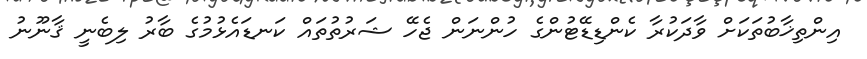
އިންތިޚާބުތަކަށް ވާދަކުރާ ކެންޑިޑޭޓުންގެ ހުންނަން ޖެހޭ ޝަރުތުތައް ކަނޑައެޅުމުގެ ބާރު ލިބެނީ ޤާނޫނު